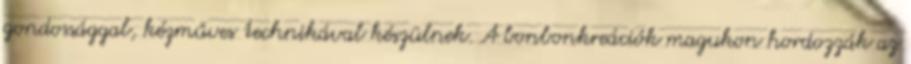
gondossággal, kézműves technikával készülnek. A bonbonkreációk magukon hordozzák az